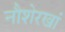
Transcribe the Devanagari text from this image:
नौशेरखां